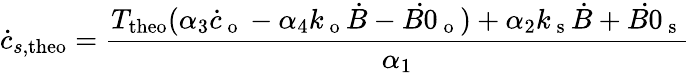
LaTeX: \dot{c}_{s,\mathrm{theo}}=\frac{T_{\mathrm{theo}}(\alpha_{3}\dot{c}_{\mathrm{~o~}}-\alpha_{4}k_{\mathrm{~o~}}\dot{B}-\dot{B0}_{\mathrm{~o~}})+\alpha_{2}k_{\mathrm{~s~}}\dot{B}+\dot{B0}_{\mathrm{~s~}}}{\alpha_{1}}